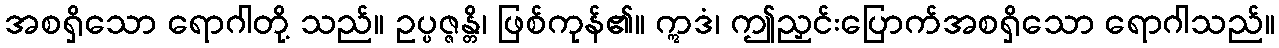
အစရှိသော ရောဂါတို့ သည်။ ဥပ္ပဇ္ဇန္တိ၊ ဖြစ်ကုန်၏။ ဣဒံ၊ ဤညှင်းပြောက်အစရှိသော ရောဂါသည်။